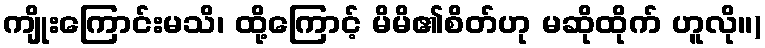
ကျိုးကြောင်းမသိ၊ ထို့ကြောင့် မိမိ၏စိတ်ဟု မဆိုထိုက် ဟူလို။)